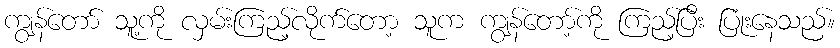
ကျွန်တော် သူ့ကို လှမ်းကြည့်လိုက်တော့ သူက ကျွန်တော့်ကို ကြည့်ပြီး ပြုံးနေသည်။